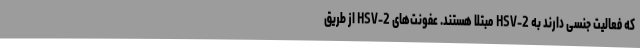
که فعالیت جنسی دارند به HSV-2 مبتلا هستند. عفونت‌های HSV-2 از طریق